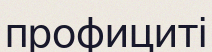
профициті